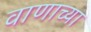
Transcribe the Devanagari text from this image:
वाणाच्या